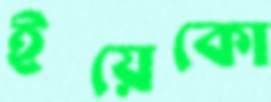
ইয়েকো